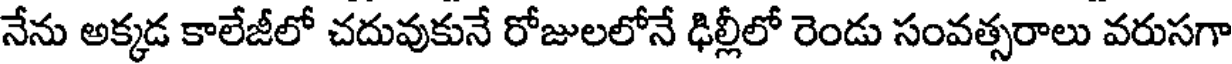
నేను అక్కడ కాలేజీలో చదువుకునే రోజులలోనే ఢిల్లీలో రెండు సంవత్సరాలు వరుసగా